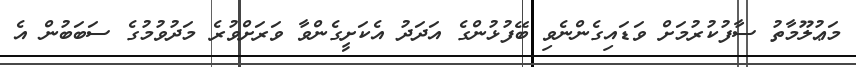
މަޢުލޫމާތު ސާފުކުރުމަށް ވަޑައިގެންނެވި ބޭފުޅުންގެ އަދަދު އެކަށީގެންވާ ވަރަށްވުރެ މަދުވުމުގެ ސަބަބުން އެ